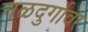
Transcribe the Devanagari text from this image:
नळदुर्गावर